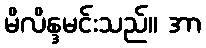
မိလိန္ဒမင်းသည်။ အာ